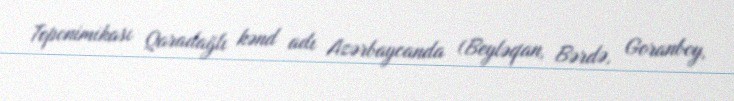
Toponimikası Qaradağlı kənd adı Azərbaycanda (Beyləqan, Bərdə, Goranboy,